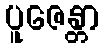
ပူဇေန္တာ